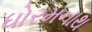
ધોરમનાથ